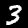
Digit: 3